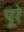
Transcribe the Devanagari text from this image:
पूरे